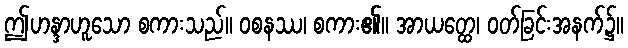
ဤဟန္ဒာဟူသော စကားသည်။ ဝစနဿ၊ စကား၏။ အာယတ္ထေ၊ ဝတ်ခြင်းအနက်၌။